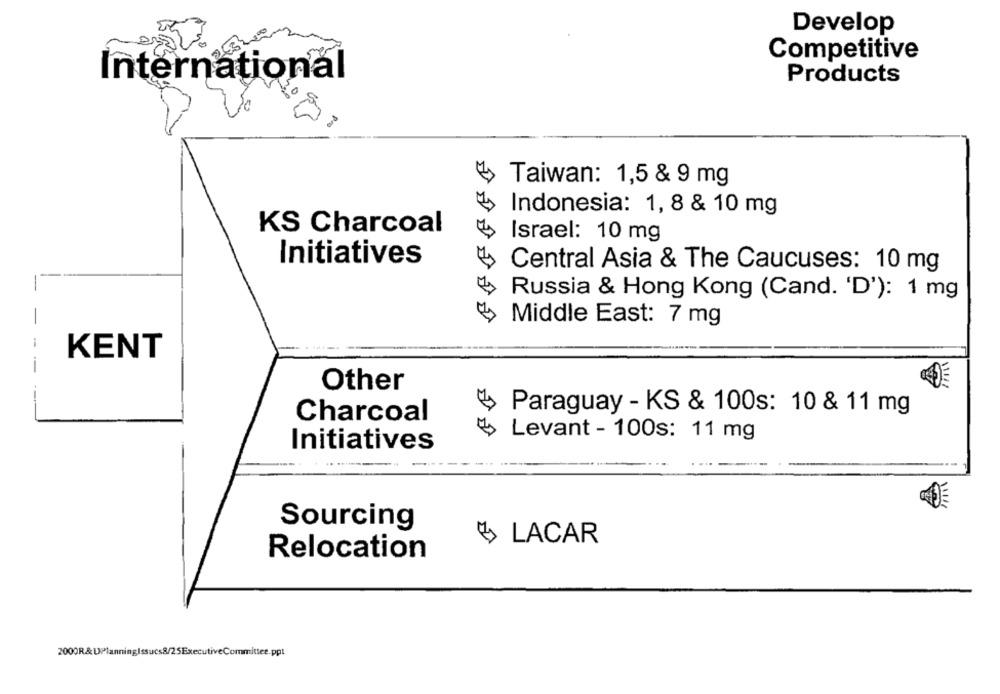
Develop
Competitive
International
Products
Taiwan: 1,5 & 9 mg
Indonesia: 1, 8 & 10 mg
KS Charcoal
Israel: 10 mg
Initiatives
Central Asia & The Caucuses: 10 mg
Russia & Hong Kong (Cand. 'D'): 1 mg
Middle East: 7 mg
-
KENT
Other
Charcoal
Paraguay - KS & 100s: 10 & 11 mg
Levant - 100s: 11 mg
Initiatives
Sourcing
LACAR
Relocation
2000R&DPlanningIssucs8/25ExecutiveCommittee.ppt